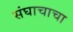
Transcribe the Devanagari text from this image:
संघाचाचा